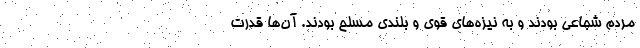
مردم شجاعی بودند و به نیزه‌های قوی و بلندی مسلح بودند. آن‌ها قدرت